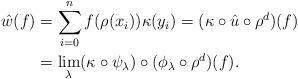
LaTeX: \begin{align*}\hat{w}(f) &=\sum_{i=0}^nf ( \rho (x_i) ) \kappa (y_i) =( \kappa \circ \hat{u} \circ \rho^d ) (f)\\&=\lim_{\lambda} ( \kappa \circ \psi_{\lambda}) \circ ( \phi_{\lambda} \circ \rho^d ) (f) .\end{align*}